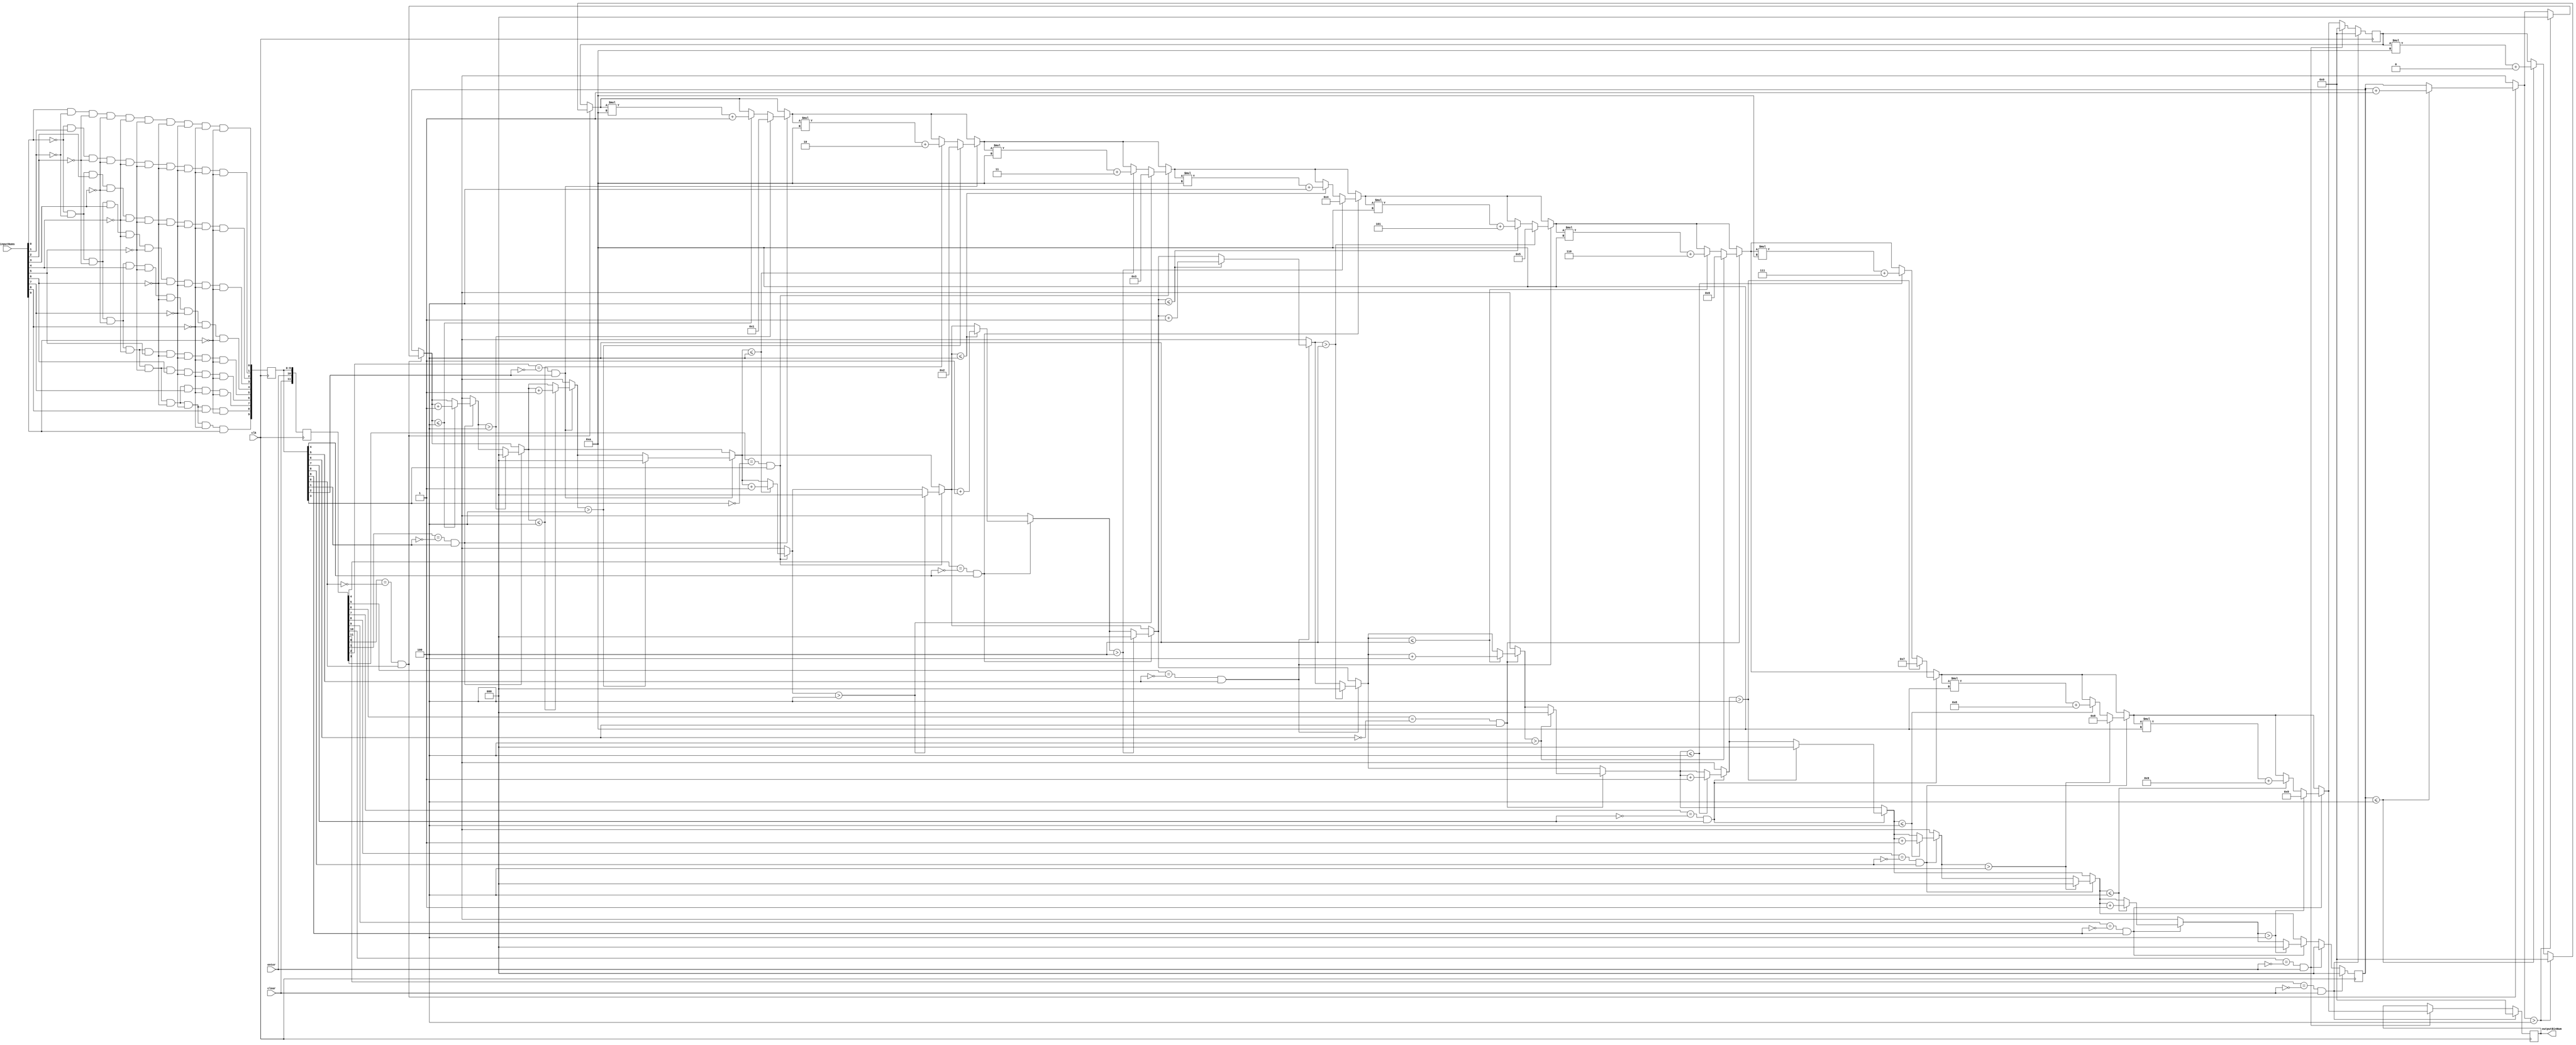
module InputModule (enter, clear, inputNums, outputBinNum, clk);
    input [9:0]inputNums;
    input enter, clear, clk;
    output reg [13:0]outputBinNum;
    
    reg [13:0] tempOut, temp;
    reg [2:0] counter, counterTemp;
	 reg [11:0] changes;
    
    reg [9:0] validInputs;
	 
     
    
    initial 
       begin
           $monitor ("enter: %b , clear: %b , validInputs: %b, temp: %d, outputBinNum: %d, counter: %d, inputNums: %b ", enter, clear, validInputs, temp, outputBinNum, counter, inputNums);
           changes = 0;
			  validInputs = 0;
			  counter = 0;
           counterTemp = 0;
           temp = 0;
           tempOut = 0;
           outputBinNum = 0;
       end
		 
		always@(posedge clk) begin
			validInputs[0] = inputNums[0] & ~inputNums[1] & ~inputNums[2] & ~inputNums[3] & ~inputNums[4] & ~inputNums[5] & ~inputNums[6] & ~inputNums[7] & ~inputNums[8] & ~inputNums[9];
			validInputs[1] = ~inputNums[0] & inputNums[1] & ~inputNums[2] & ~inputNums[3] & ~inputNums[4] & ~inputNums[5] & ~inputNums[6] & ~inputNums[7] & ~inputNums[8] & ~inputNums[9];
			validInputs[2] = ~inputNums[0] & ~inputNums[1] & inputNums[2] & ~inputNums[3] & ~inputNums[4] & ~inputNums[5] & ~inputNums[6] & ~inputNums[7] & ~inputNums[8] & ~inputNums[9];
			validInputs[3] = ~inputNums[0] & ~inputNums[1] & ~inputNums[2] & inputNums[3] & ~inputNums[4] & ~inputNums[5] & ~inputNums[6] & ~inputNums[7] & ~inputNums[8] & ~inputNums[9];
			validInputs[4] = ~inputNums[0] & ~inputNums[1] & ~inputNums[2] & ~inputNums[3] & inputNums[4] & ~inputNums[5] & ~inputNums[6] & ~inputNums[7] & ~inputNums[8] & ~inputNums[9];
			validInputs[5] = ~inputNums[0] & ~inputNums[1] & ~inputNums[2] & ~inputNums[3] & ~inputNums[4] & inputNums[5] & ~inputNums[6] & ~inputNums[7] & ~inputNums[8] & ~inputNums[9];
			validInputs[6] = ~inputNums[0] & ~inputNums[1] & ~inputNums[2] & ~inputNums[3] & ~inputNums[4] & ~inputNums[5] & inputNums[6] & ~inputNums[7] & ~inputNums[8] & ~inputNums[9];
			validInputs[7] = ~inputNums[0] & ~inputNums[1] & ~inputNums[2] & ~inputNums[3] & ~inputNums[4] & ~inputNums[5] & ~inputNums[6] & inputNums[7] & ~inputNums[8] & ~inputNums[9];
			validInputs[8] = ~inputNums[0] & ~inputNums[1] & ~inputNums[2] & ~inputNums[3] & ~inputNums[4] & ~inputNums[5] & ~inputNums[6] & ~inputNums[7] & inputNums[8] & ~inputNums[9];
			validInputs[9] = ~inputNums[0] & ~inputNums[1] & ~inputNums[2] & ~inputNums[3] & ~inputNums[4] & ~inputNums[5] & ~inputNums[6] & ~inputNums[7] & ~inputNums[8] & inputNums[9];
			
		end	
		always@(posedge clk) begin
			if (changes[0] == ~validInputs[0] && validInputs[0] == 1) begin
				if (counter <= 4) begin
               counterTemp = counter + 1;
               counter = counterTemp;
               temp = tempOut * 10 + 0;
               tempOut = temp;
           end
           if (counter > 4) begin
               counterTemp = 0;
               counter = 0;
               tempOut = 0;
               temp = tempOut * 10 + 0;
               tempOut = temp;
           end
				
			end
			if (changes[1] == ~validInputs[1] && validInputs[1] == 1) begin
				if (counter <= 4) begin
               counterTemp = counter + 1;
               counter = counterTemp;
               temp = tempOut * 10 + 1;
               tempOut = temp;
           end
           if (counter > 4) begin
               counterTemp = 0;
               counter = 0;
               tempOut = 0;
               temp = tempOut * 10 + 1;
               tempOut = temp;
           end
			  
			end
			if (changes[2] == ~validInputs[2] && validInputs[2] == 1) begin
				if (counter <= 4) begin
               counterTemp = counter + 1;
               counter = counterTemp;
               temp = tempOut * 10 + 2;
               tempOut = temp;
           end
           if (counter > 4) begin
               counterTemp = 0;
               counter = 0;
               tempOut = 0;
               temp = tempOut * 10 + 2;
               tempOut = temp;
           end
			  
			end
			if (changes[3] == ~validInputs[3] && validInputs[3] == 1) begin
				if (counter <= 4) begin
               counterTemp = counter + 1;
               counter = counterTemp;
               temp = tempOut * 10 + 3;
               tempOut = temp;
           end
           if (counter > 4) begin
               counterTemp = 0;
               counter = 0;
               tempOut = 0;
               temp = tempOut * 10 + 3;
               tempOut = temp;
           end
			   
			end
			if (changes[4] == ~validInputs[4] && validInputs[4] == 1) begin
				if (counter <= 4) begin
               counterTemp = counter + 1;
               counter = counterTemp;
               temp = tempOut * 10 + 4;
               tempOut = temp;
           end
           if (counter > 4) begin
               counterTemp = 0;
               counter = 0;
               tempOut = 0;
               temp = tempOut * 10 + 4;
               tempOut = temp;
           end
  			 
			end
			if (changes[5] == ~validInputs[5] && validInputs[5] == 1) begin
				if (counter <= 4) begin
               counterTemp = counter + 1;
               counter = counterTemp;
               temp = tempOut * 10 + 5;
               tempOut = temp;
           end
           if (counter > 4) begin
               counterTemp = 0;
               counter = 0;
               tempOut = 0;
               temp = tempOut * 10 + 5;
               tempOut = temp;
           end
			   
			end
			if (changes[6] == ~validInputs[6] && validInputs[6] == 1) begin
				if (counter <= 4) begin
               counterTemp = counter + 1;
               counter = counterTemp;
               temp = tempOut * 10 + 6;
               tempOut = temp;
           end
           if (counter > 4) begin
               counterTemp = 0;
               counter = 0;
               tempOut = 0;
               temp = tempOut * 10 + 6;
               tempOut = temp;
           end
			   
			end
			if (changes[7] == ~validInputs[7] && validInputs[7] == 1) begin
				if (counter <= 4) begin
               counterTemp = counter + 1;
               counter = counterTemp;
               temp = tempOut * 10 + 7;
               tempOut = temp;
           end
           if (counter > 4) begin
               counterTemp = 0;
               counter = 0;
               tempOut = 0;
               temp = tempOut * 10 + 7;
               tempOut = temp;
           end
			   
			end
			if (changes[8] == ~validInputs[8] && validInputs[8] == 1) begin
				if (counter <= 4) begin
               counterTemp = counter + 1;
               counter = counterTemp;
               temp = tempOut * 10 + 8;
               tempOut = temp;
           end
           if (counter > 4) begin
               counterTemp = 0;
               counter = 0;
               tempOut = 0;
               temp = tempOut * 10 + 8;
               tempOut = temp;
           end
			  
			end
			if (changes[9] == ~validInputs[9] && validInputs[9] == 1) begin
				if (counter <= 4) begin
               $display("hit me!");
               counterTemp = counter + 1;
               counter = counterTemp;
               temp = tempOut * 10 + 9;
               tempOut = temp;
           end
           if (counter > 4) begin
               counterTemp = 0;
               counter = 0;
               tempOut = 0;
               temp = tempOut * 10 + 9;
               tempOut = temp;
           end
			   
			end
			if (changes[10] == ~enter && enter == 1) begin
				outputBinNum = tempOut;
           tempOut = 0;
           temp = 0;
           counter = 0;
           counterTemp = 0;
				
			end
			if (changes[11] == ~clear && clear == 1) begin
				outputBinNum = 0;
           tempOut = 0;
           temp = 0;
           counter = 0;
           counterTemp = 0;
				
			end
		   	changes[0] = validInputs[0];
				changes[1] = validInputs[1];
				changes[2] = validInputs[2];
				changes[3] = validInputs[3];
				changes[4] = validInputs[4];
				changes[5] = validInputs[5];
				changes[6] = validInputs[6];
				changes[7] = validInputs[7];
				changes[8] = validInputs[8];
				changes[9] = validInputs[9];
				changes[10] = enter;
				changes[11] = clear;
		end
endmodule